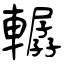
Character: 轏